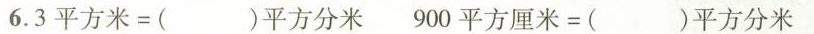
6. $$3平方米 = ( )平方分米$$ $$900平方厘米 = ( )平方分米$$